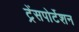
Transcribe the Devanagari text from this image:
ट्रेंसपोर्टेशन